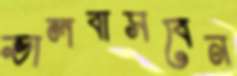
ভালবাসবেন